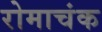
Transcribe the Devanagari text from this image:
रोमाचंक